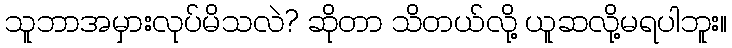
သူဘာအမှားလုပ်မိသလဲ? ဆိုတာ သိတယ်လို့ ယူဆလို့မရပါဘူး။